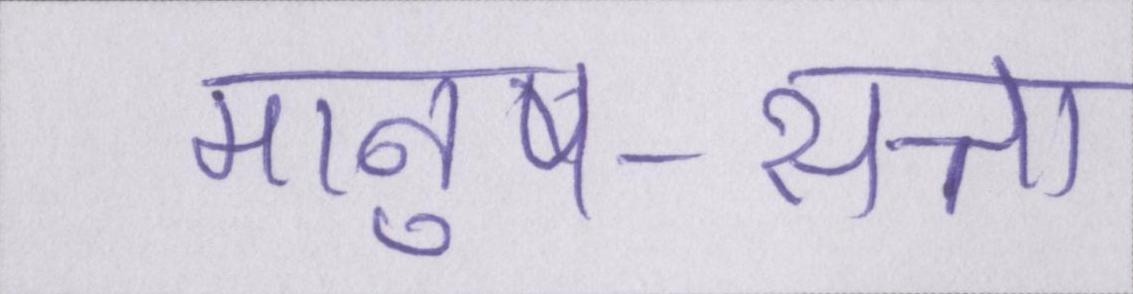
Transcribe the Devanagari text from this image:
मानुष-सत्ता